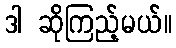
ဒါ ဆိုကြည့်မယ်။